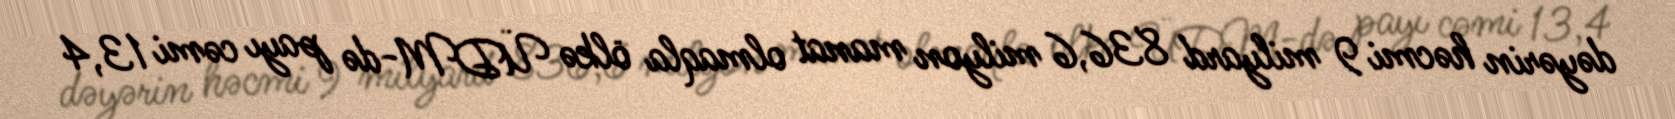
dəyərin həcmi 9 milyard 836,6 milyon manat olmaqla ölkə ÜDM-də payı cəmi 13,4